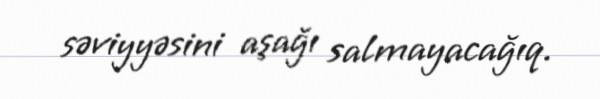
səviyyəsini aşağı salmayacağıq.